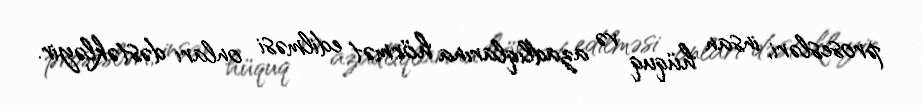
prosesləri, insan hüquq və azadlıqlarına hörmət edilməsi onları dəstəkləyir.